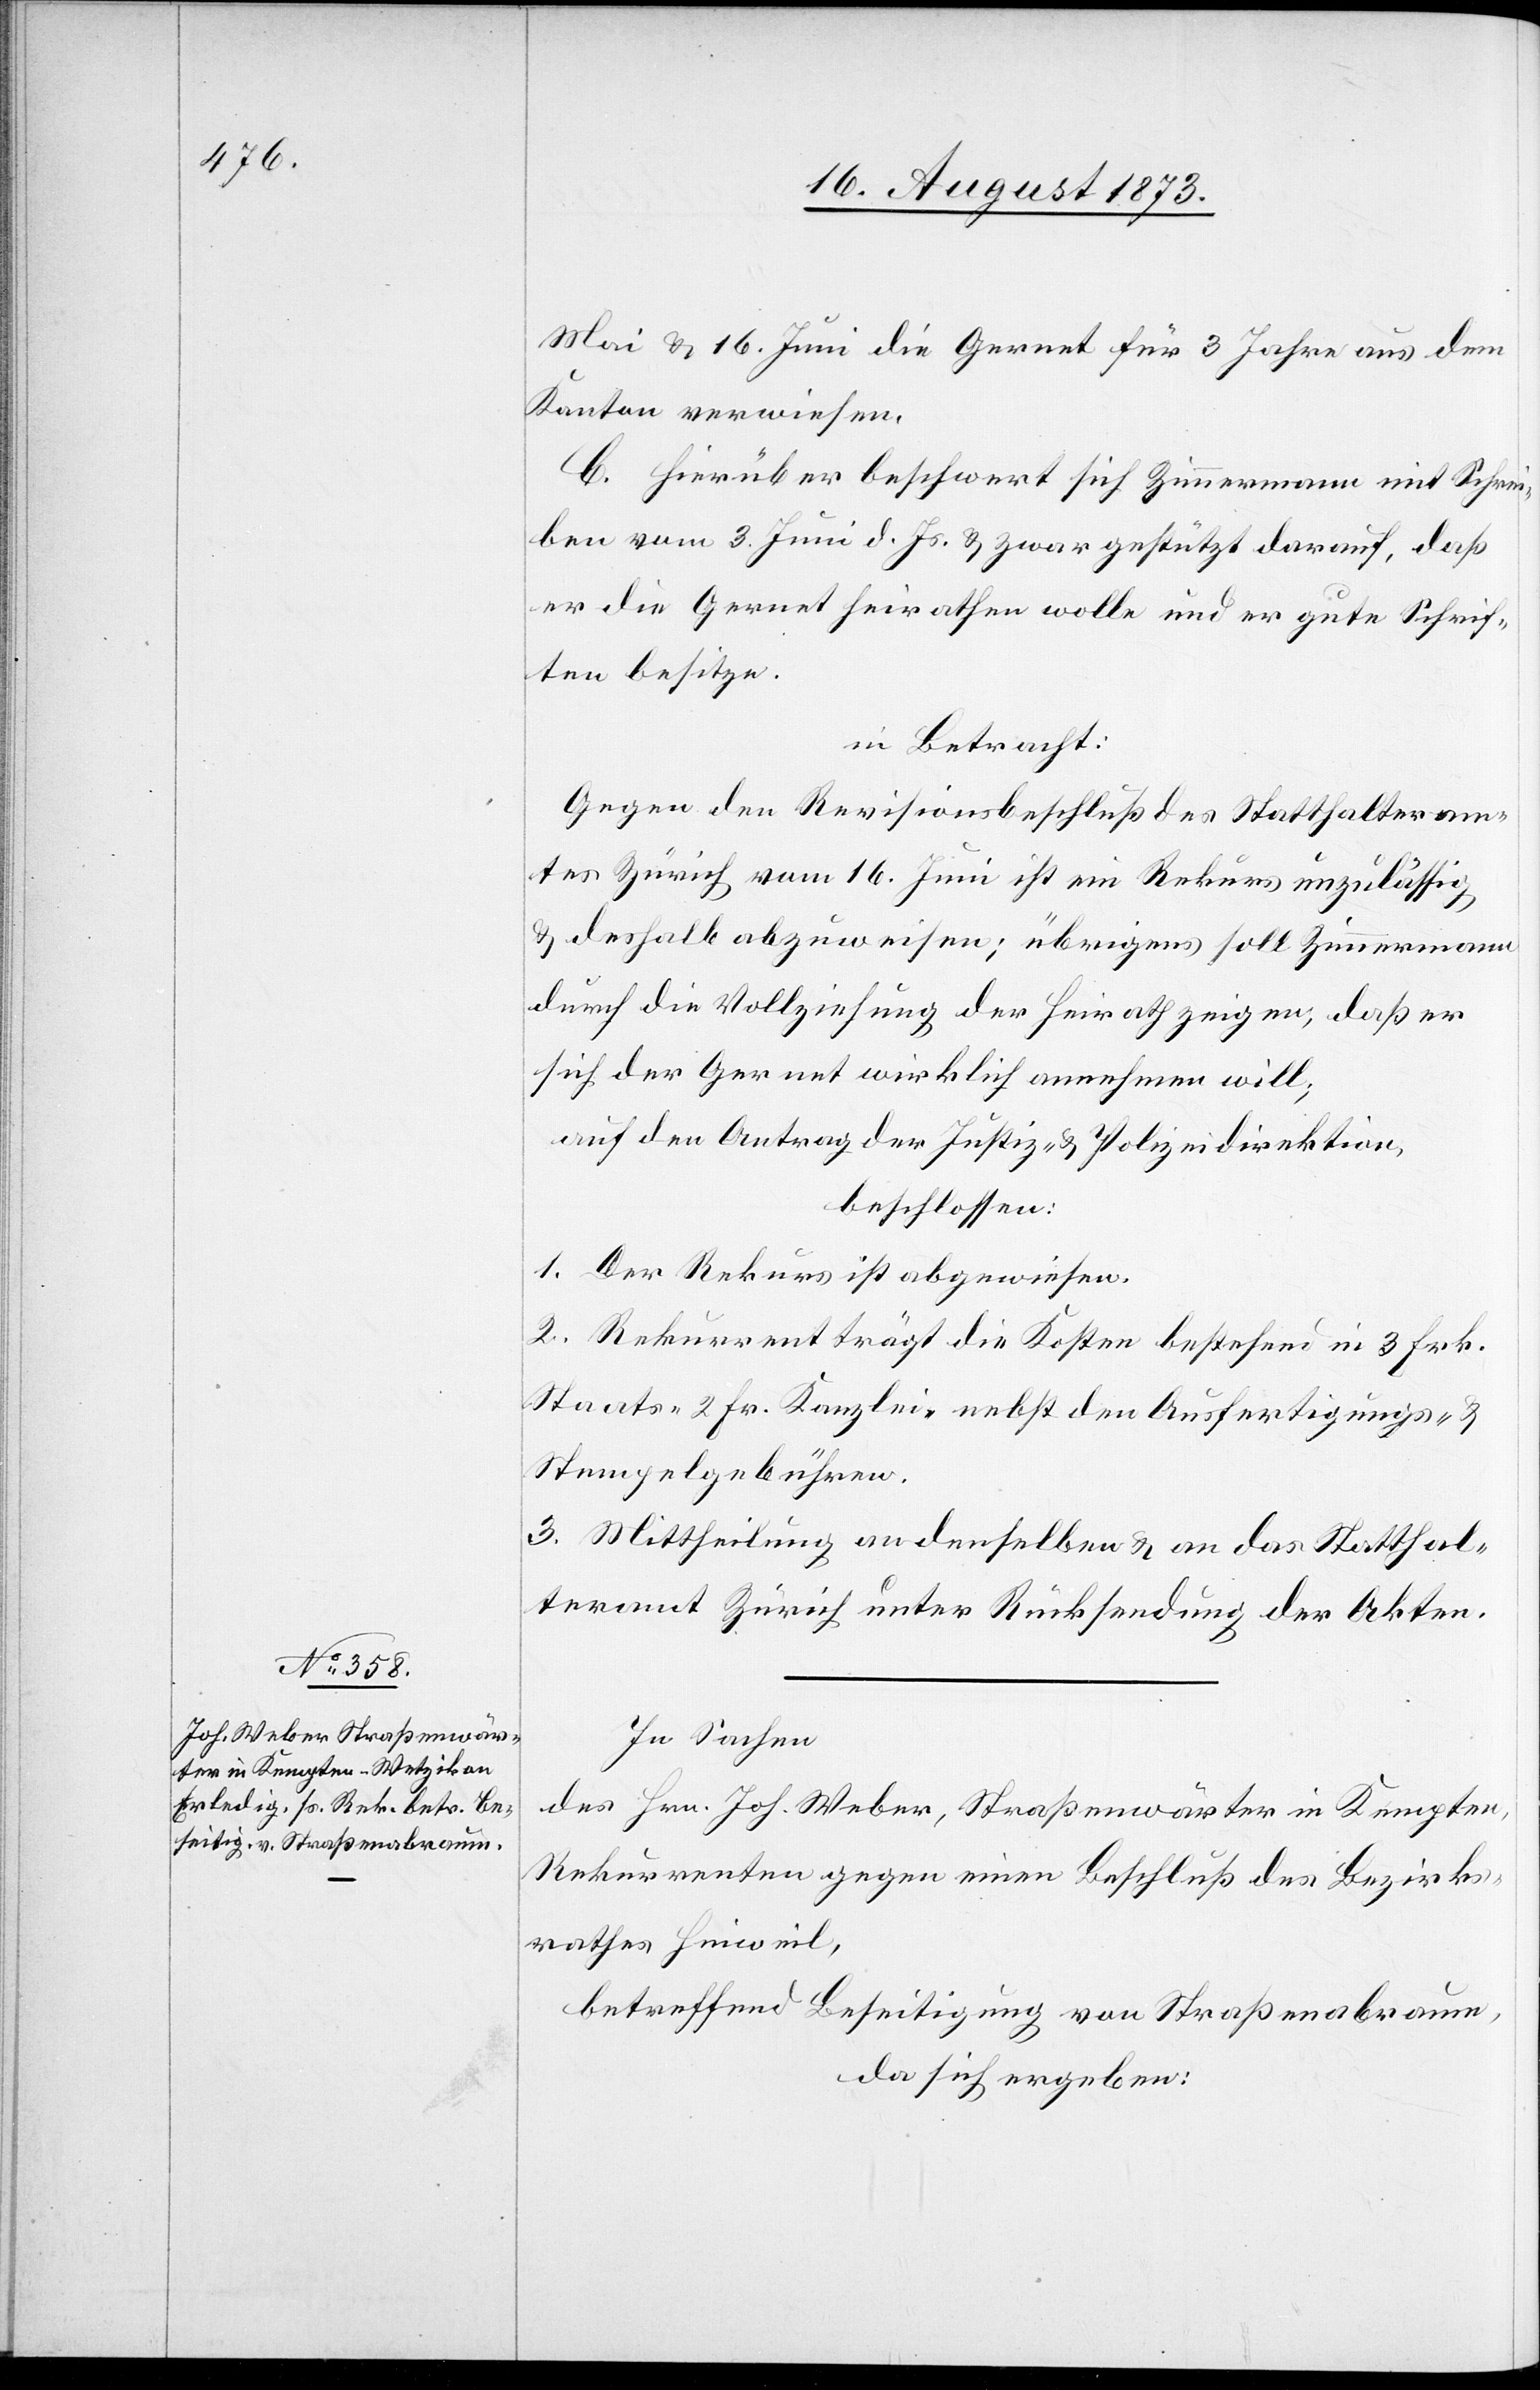
Mai & 16. Juni die Gernet für 3 Jahre aus dem
Kanton verwiesen.
C. Hierüber beschwert sich Zimmermann mit Schrei¬
ben vom 3. Juni d. Js. & zwar gestützt darauf, daß
er die Gernet heirathen wolle und er gute Schrif¬
ten besitze.
in Betracht:
Gegen den Revisionsbeschluß des Statthalteram¬
tes Zürich vom 16. Juni ist ein Rekurs unzulässig
& deshalb abzuweisen; übrigens soll Zimmermann
durch die Vollziehung der Heirath zeigen, daß er
sich der Gernet wirklich annehmen will;
auf den Antrag der Justiz- & Polizeidirektion,
beschlossen:
1. Der Rekurs ist abgewiesen.
2. Rekurrent trägt die Kosten bestehend in 3 Frk.
Staats- 2 Fr. Kanzlei- nebst den Ausfertigungs- &
Stempelgebühren.
3. Mittheilung an denselben & an das Statthal¬
teramt Zürich unter Rücksendung der Akten.
In Sachen
des Hrn. Joh. Weber, Straßenwärter in Kempten,
Rekurrenten gegen einen Beschluß des Bezirks¬
rathes Hinweil,
betreffend Beseitigung von Straßenabraum,
da sich ergeben: